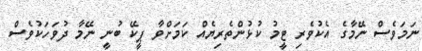
ނަމަވެސް ނޭމާގެ އެކުވެރި ޓީމު ކުޅުންތެރިޔެއް ކަމަށްވާ ޕީކޭ ބުނީ ނޭމާ ދުވަހަކުވެސް